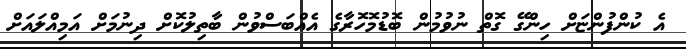
އެ ކުންފުންޏަށް ހިންގޭ ގޮތް ނުވުމުން ބޮޑުމޮހޮރާގެ އެއްބަސްވުން ބާތިލުކޮށް ދިނުމަށް އަމިއްލައަށް